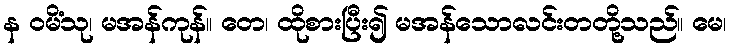
န ဝမိံသု၊ မအန်ကုန်။ တေ၊ ထိုစားပြီး၍ မအန်သောလင်းတတို့သည်။ မေ၊